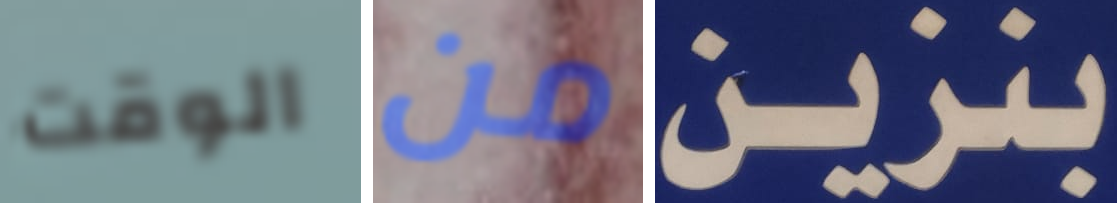
الوقت من بنزين